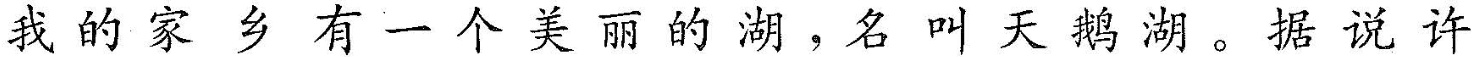
我的家乡有一个美丽的湖，名叫天鹅湖。据说许